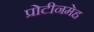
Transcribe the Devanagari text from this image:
प्रोटीनमेह